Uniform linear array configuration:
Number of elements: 4
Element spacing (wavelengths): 1
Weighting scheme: blackman
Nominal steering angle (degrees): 60
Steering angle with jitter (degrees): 60.672
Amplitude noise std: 0.05
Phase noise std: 0.05

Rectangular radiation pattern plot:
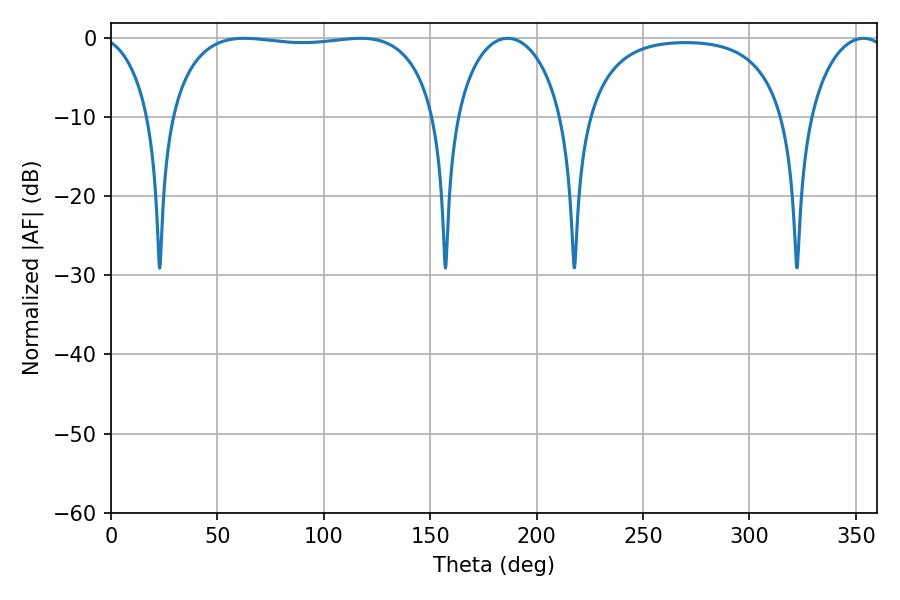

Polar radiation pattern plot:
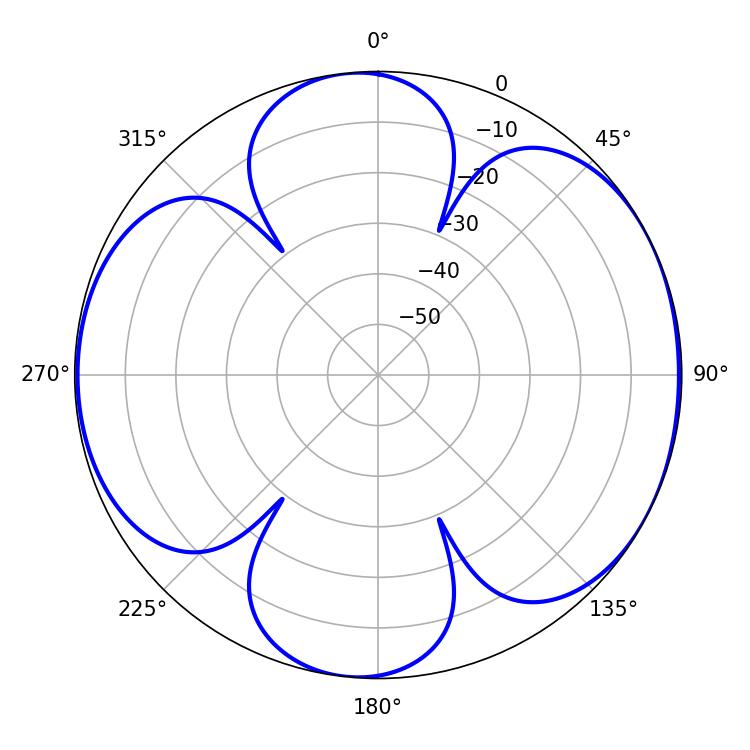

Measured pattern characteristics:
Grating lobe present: TRUE
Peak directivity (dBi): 6.677
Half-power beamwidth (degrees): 100.44
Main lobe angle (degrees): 62.64